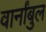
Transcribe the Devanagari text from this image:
वार्नांबुल